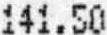
141.50